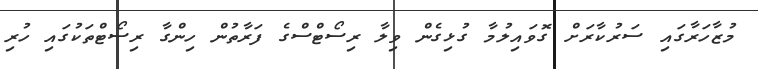
މުޒާހަރާގައި ސަރުކާރަށް ގޮވައިލުމާ ގުޅިގެން ވިލާ ރިސޯޓްސްގެ ފަރާތުން ހިންގާ ރިސޯޓްތަކުގައި ހުރި